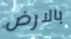
بالارض